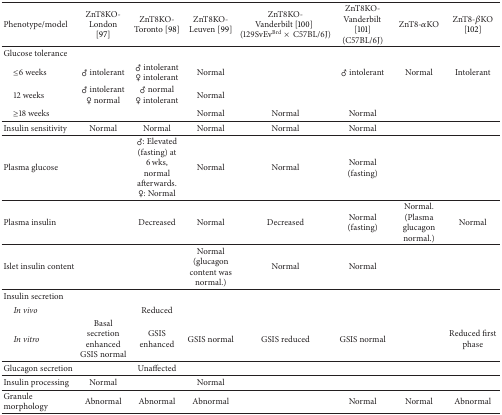
<table><thead><tr><td><b>Phenotype/model</b></td><td><b>ZnT8KO-London [97]</b></td><td><b>ZnT8KO-Toronto [98]</b></td><td><b>ZnT8KO-Leuven [99]</b></td><td><b>ZnT8KO-Vanderbilt [100](129SvEv<sup>Brd</sup>×C57BL/6J)</b></td><td><b>ZnT8KO-Vanderbilt [101] (C57BL/6J)</b></td><td><b>ZnT8-<i>α</i>KO</b></td><td><b>ZnT8-<i>β</i>KO [102]</b></td></tr></thead><tbody><tr><td>Glucose tolerance</td><td> </td><td> </td><td> </td><td> </td><td> </td><td> </td><td> </td></tr><tr><td> ≤6 weeks</td><td>♂ intolerant</td><td>♂ intolerant ♀ intolerant</td><td>Normal</td><td> </td><td>♂ intolerant</td><td>Normal</td><td>Intolerant</td></tr><tr><td> 12 weeks</td><td>♂ intolerant ♀ normal</td><td>♂ normal ♀ intolerant</td><td>Normal</td><td> </td><td> </td><td> </td><td> </td></tr><tr><td> ≥18 weeks</td><td> </td><td> </td><td>Normal</td><td>Normal</td><td>Normal</td><td> </td><td> </td></tr><tr><td>Insulin sensitivity</td><td>Normal</td><td>Normal</td><td>Normal</td><td>Normal</td><td>Normal</td><td> </td><td> </td></tr><tr><td>Plasma glucose</td><td> </td><td>♂: Elevated (fasting) at 6 wks, normal afterwards.♀: Normal</td><td>Normal</td><td>Normal</td><td>Normal (fasting)</td><td> </td><td> </td></tr><tr><td>Plasma insulin</td><td> </td><td>Decreased</td><td>Normal</td><td>Decreased</td><td>Normal (fasting)</td><td>Normal.(Plasma glucagon normal.)</td><td>Normal</td></tr><tr><td>Islet insulin content</td><td> </td><td> </td><td>Normal (glucagon content was normal.)</td><td>Normal</td><td>Normal</td><td> </td><td> </td></tr><tr><td>Insulin secretion</td><td> </td><td> </td><td> </td><td> </td><td> </td><td> </td><td> </td></tr><tr><td> <i>In vivo </i></td><td> </td><td>Reduced</td><td> </td><td> </td><td> </td><td> </td><td> </td></tr><tr><td> <i>In vitro </i></td><td>Basal secretion enhancedGSIS normal</td><td>GSIS enhanced</td><td>GSIS normal</td><td>GSIS reduced</td><td>GSIS normal</td><td> </td><td>Reduced first phase</td></tr><tr><td>Glucagon secretion</td><td> </td><td>Unaffected</td><td> </td><td> </td><td> </td><td> </td><td> </td></tr><tr><td>Insulin processing</td><td>Normal</td><td> </td><td>Normal</td><td> </td><td> </td><td> </td><td> </td></tr><tr><td>Granule morphology</td><td>Abnormal</td><td>Abnormal</td><td>Abnormal</td><td> </td><td>Normal</td><td>Normal</td><td>Abnormal</td></tr></tbody></table>